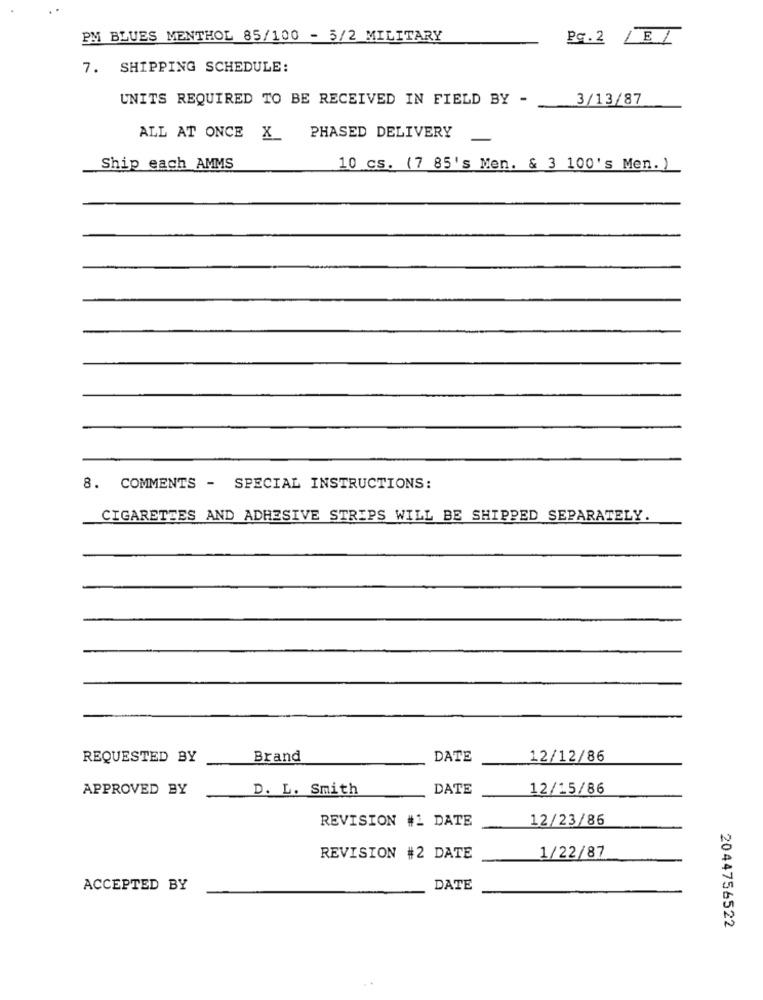
PM BLUES MENTHOL 85/100 - 5/2 MILITARY
Pq.2
LEL
7. SHIPPING SCHEDULE:
UNITS REQUIRED TO BE RECEIVED IN FIELD BY -
3/13/87
ALL AT ONCE X_
PHASED DELIVERY
Ship each AMMS
10 cs. (7 85's Men. & 3 100's Men. )
8. COMMENTS - SPECIAL INSTRUCTIONS:
CIGARETTES AND ADHESIVE STRIPS WILL BE SHIPPED SEPARATELY.
REQUESTED BY
Brand
DATE
12/12/86
APPROVED BY
D. L. Smith
DATE
12/15/86
12/23/86
REVISION #1 DATE
1/22/87
REVISION #2 DATE
ACCEPTED BY
DATE
2044756522